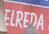
elreda